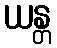
ယန္တ